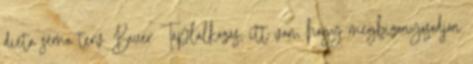
diéta séma terv Bauer Táplálkozás, itt van, hogy megbizonyosodjon